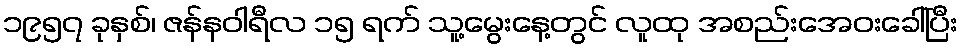
၁၉၅၇ ခုနှစ်၊ ဇန်နဝါရီလ ၁၅ ရက် သူ့မွေးနေ့တွင် လူထု အစည်းအေဝးခေါ်ပြီး